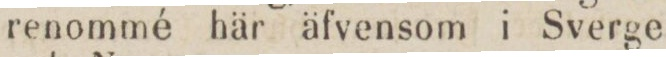
renommé här äfvensom i Sverge